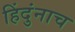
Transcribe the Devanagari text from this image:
हिंदुंनाच